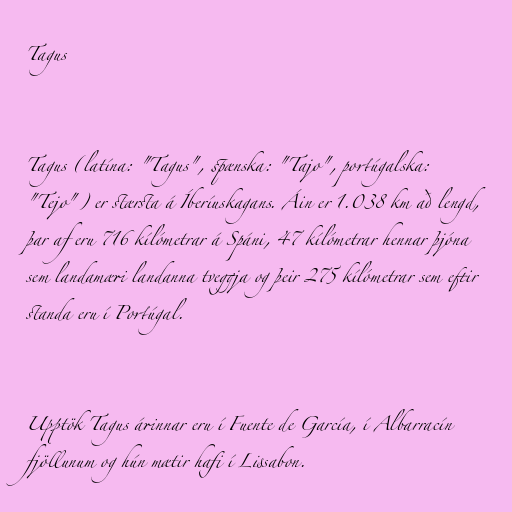
Tagus

Tagus (latína: "Tagus", spænska: "Tajo", portúgalska:
"Tejo") er stærsta á Íberíuskagans. Áin er 1.038 km að lengd,
þar af eru 716 kílómetrar á Spáni, 47 kílómetrar hennar þjóna
sem landamæri landanna tveggja og þeir 275 kílómetrar sem eftir
standa eru í Portúgal.

Upptök Tagus árinnar eru í Fuente de García, í Albarracín
fjöllunum og hún mætir hafi í Lissabon.